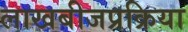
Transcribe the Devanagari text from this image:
लाखबीजप्रक्रिया